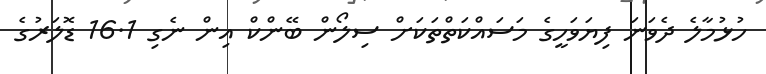
ހުޅުމާލެ ދެވަނަ ފިޔަވަހީގެ މަސައްކަތްތަކަށް ސިލޯން ބޭންކް އިން ނެގި 16.1 ޑޮލަރުގެ